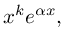
x ^ { k } e ^ { \alpha x } ,